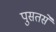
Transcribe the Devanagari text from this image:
पुसतसे